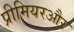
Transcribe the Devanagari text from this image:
प्रीमियरऔर